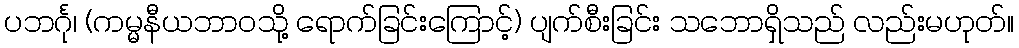
ပဘင်္ဂု၊ (ကမ္မနီယဘာဝသို့ ရောက်ခြင်းကြောင့်) ပျက်စီးခြင်း သဘောရှိသည် လည်းမဟုတ်။